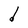
Character: d